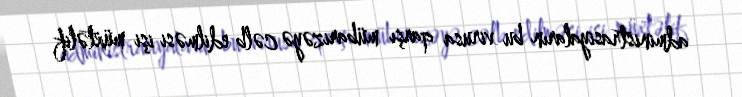
administrasiyaların bu virusa qarşı mübarizəyə cəlb edilməsi işi müxtəlif